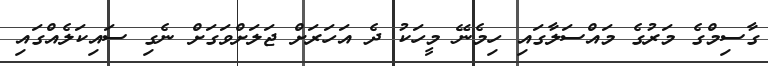
ގާސިމްގެ މަރުގެ މައްސަލާގައި ހިމެނޭ މީހަކު ދެ އަހަރަށް ޖަލަށްވަގަށް ނެގި ސައިކަލެއްގައި